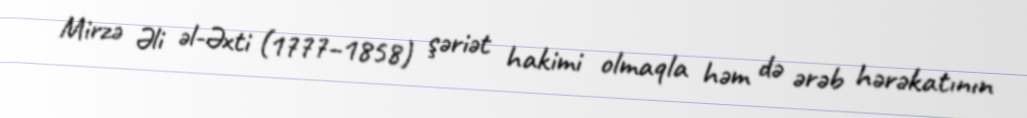
Mirzə Əli əl-Əxti (1777–1858) şəriət hakimi olmaqla həm də ərəb hərəkatının